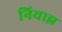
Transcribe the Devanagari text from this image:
नियाझ